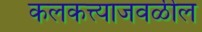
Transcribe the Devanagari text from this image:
कलकत्त्याजवळील